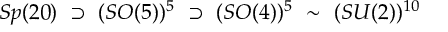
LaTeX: S p ( 2 0 ) ~ \supset ~ ( S O ( 5 ) ) ^ { 5 } ~ \supset ~ ( S O ( 4 ) ) ^ { 5 } ~ \sim ~ ( S U ( 2 ) ) ^ { 1 0 }